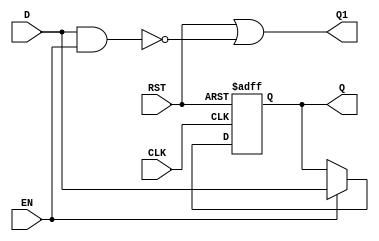
module DFF24(D,EN,CLK,RST,Q1,Q);
	input D,EN,CLK,RST;
	output Q1,Q;
	wire Q10=D&EN;
	wire Q11=RST|!Q10;
	wire Q1=Q11;
	reg Q;
	always@(posedge CLK or negedge RST)
	begin
		if(!RST) Q<=0;
		else if (EN) Q<=D;
	end
endmodule